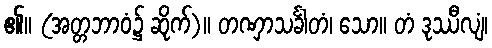
၏။ (အတ္တဘာဝံ၌ ဆိုက်)။ တဏှာသင်္ခါတံ၊ သော။ တံ ဒုဿီလျံ၊